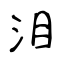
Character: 泪